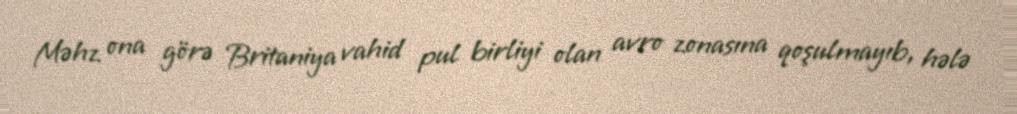
Məhz ona görə Britaniya vahid pul birliyi olan avro zonasına qoşulmayıb, hələ